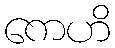
ကေဟိ